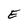
Character: E